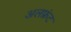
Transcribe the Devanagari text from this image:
अलफ्रंट